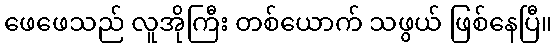
ဖေဖေသည် လူအိုကြီး တစ်ယောက် သဖွယ် ဖြစ်နေပြီ။